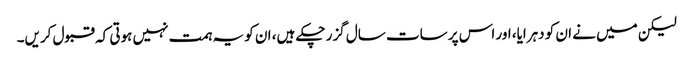
لیکن میں نے ان کو دہرایا، اور اس پر سات سال گزر چکے ہیں، ان کو یہ ہمت نہیں ہوتی کہ قبول کریں۔